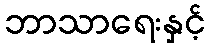
ဘာသာရေးနှင့်